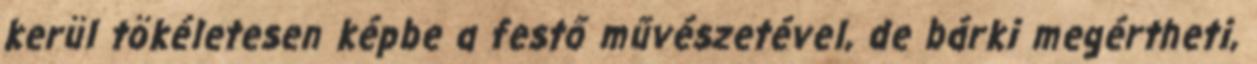
kerül tökéletesen képbe a festő művészetével, de bárki megértheti,